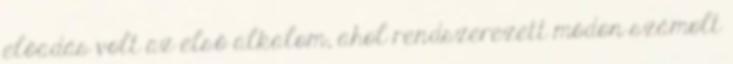
előadás volt az első alkalom, ahol rendszerezett módon számolt